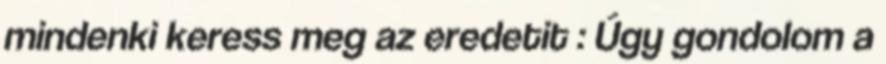
mindenki keress meg az eredetit : Úgy gondolom a